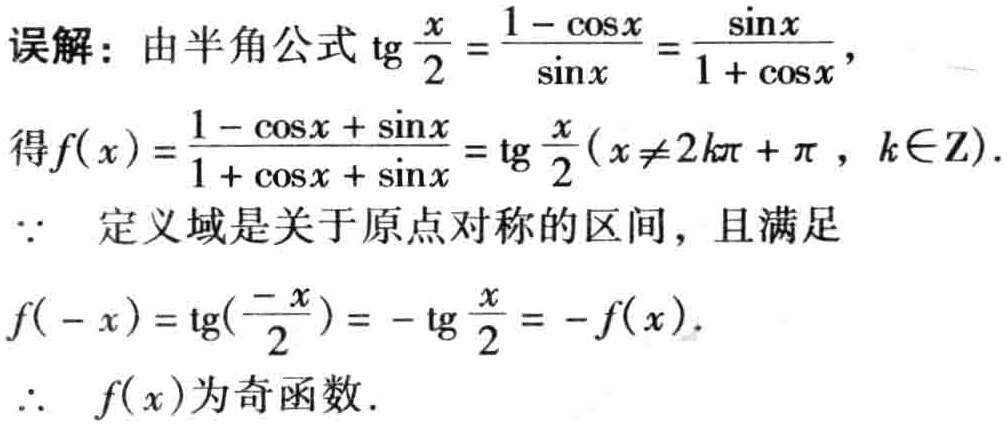
误解：由半角公式$\mathrm{tg}\frac{x}{2}=\frac{1 - \cos x}{\sin x}=\frac{\sin x}{1 + \cos x}$，
得$f(x)=\frac{1 - \cos x + \sin x}{1 + \cos x + \sin x}=\mathrm{tg}\frac{x}{2}(x\neq 2k\pi+\pi,k\in\mathbb{Z})$。
$\because$ 定义域是关于原点对称的区间，且满足
$f(-x)=\mathrm{tg}(\frac{-x}{2})=-\mathrm{tg}\frac{x}{2}=-f(x)$。
$\therefore$ $f(x)$为奇函数。